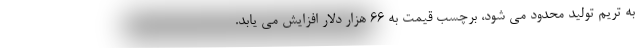
به تریم تولید محدود می شود، برچسب قیمت به 66 هزار دلار افزایش می یابد.